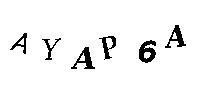
AYAP6A